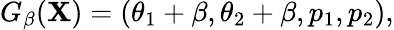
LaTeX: G_{\beta}(\mathbf{X})=(\theta_{1}+\beta,\theta_{2}+\beta,p_{1},p_{2}),